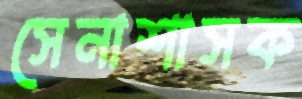
সেনাশাসক